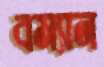
বম্যান